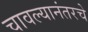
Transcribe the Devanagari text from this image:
चावल्यानंतरचे